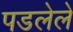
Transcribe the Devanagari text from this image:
पडलेलें